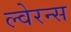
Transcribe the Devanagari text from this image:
ल्वेरन्स